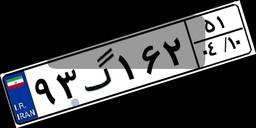
۹۳گ۱۶۲۵۱